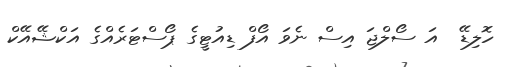
ހޮލިޑޭ  އަ ސޯލްޖަ އިސް ނެވަ އޯފް ޑިއުޓީގެ ޕޯސްޓަރެއްގެ އަކްޝޭއޭކް